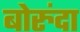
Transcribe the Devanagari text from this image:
बोरुंदा